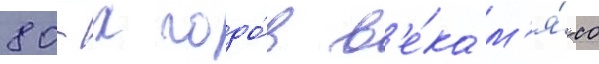
80-х годо́в в'е́ка м'я́со